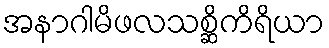
အနာဂါမိဖလသစ္ဆိကိရိယာ